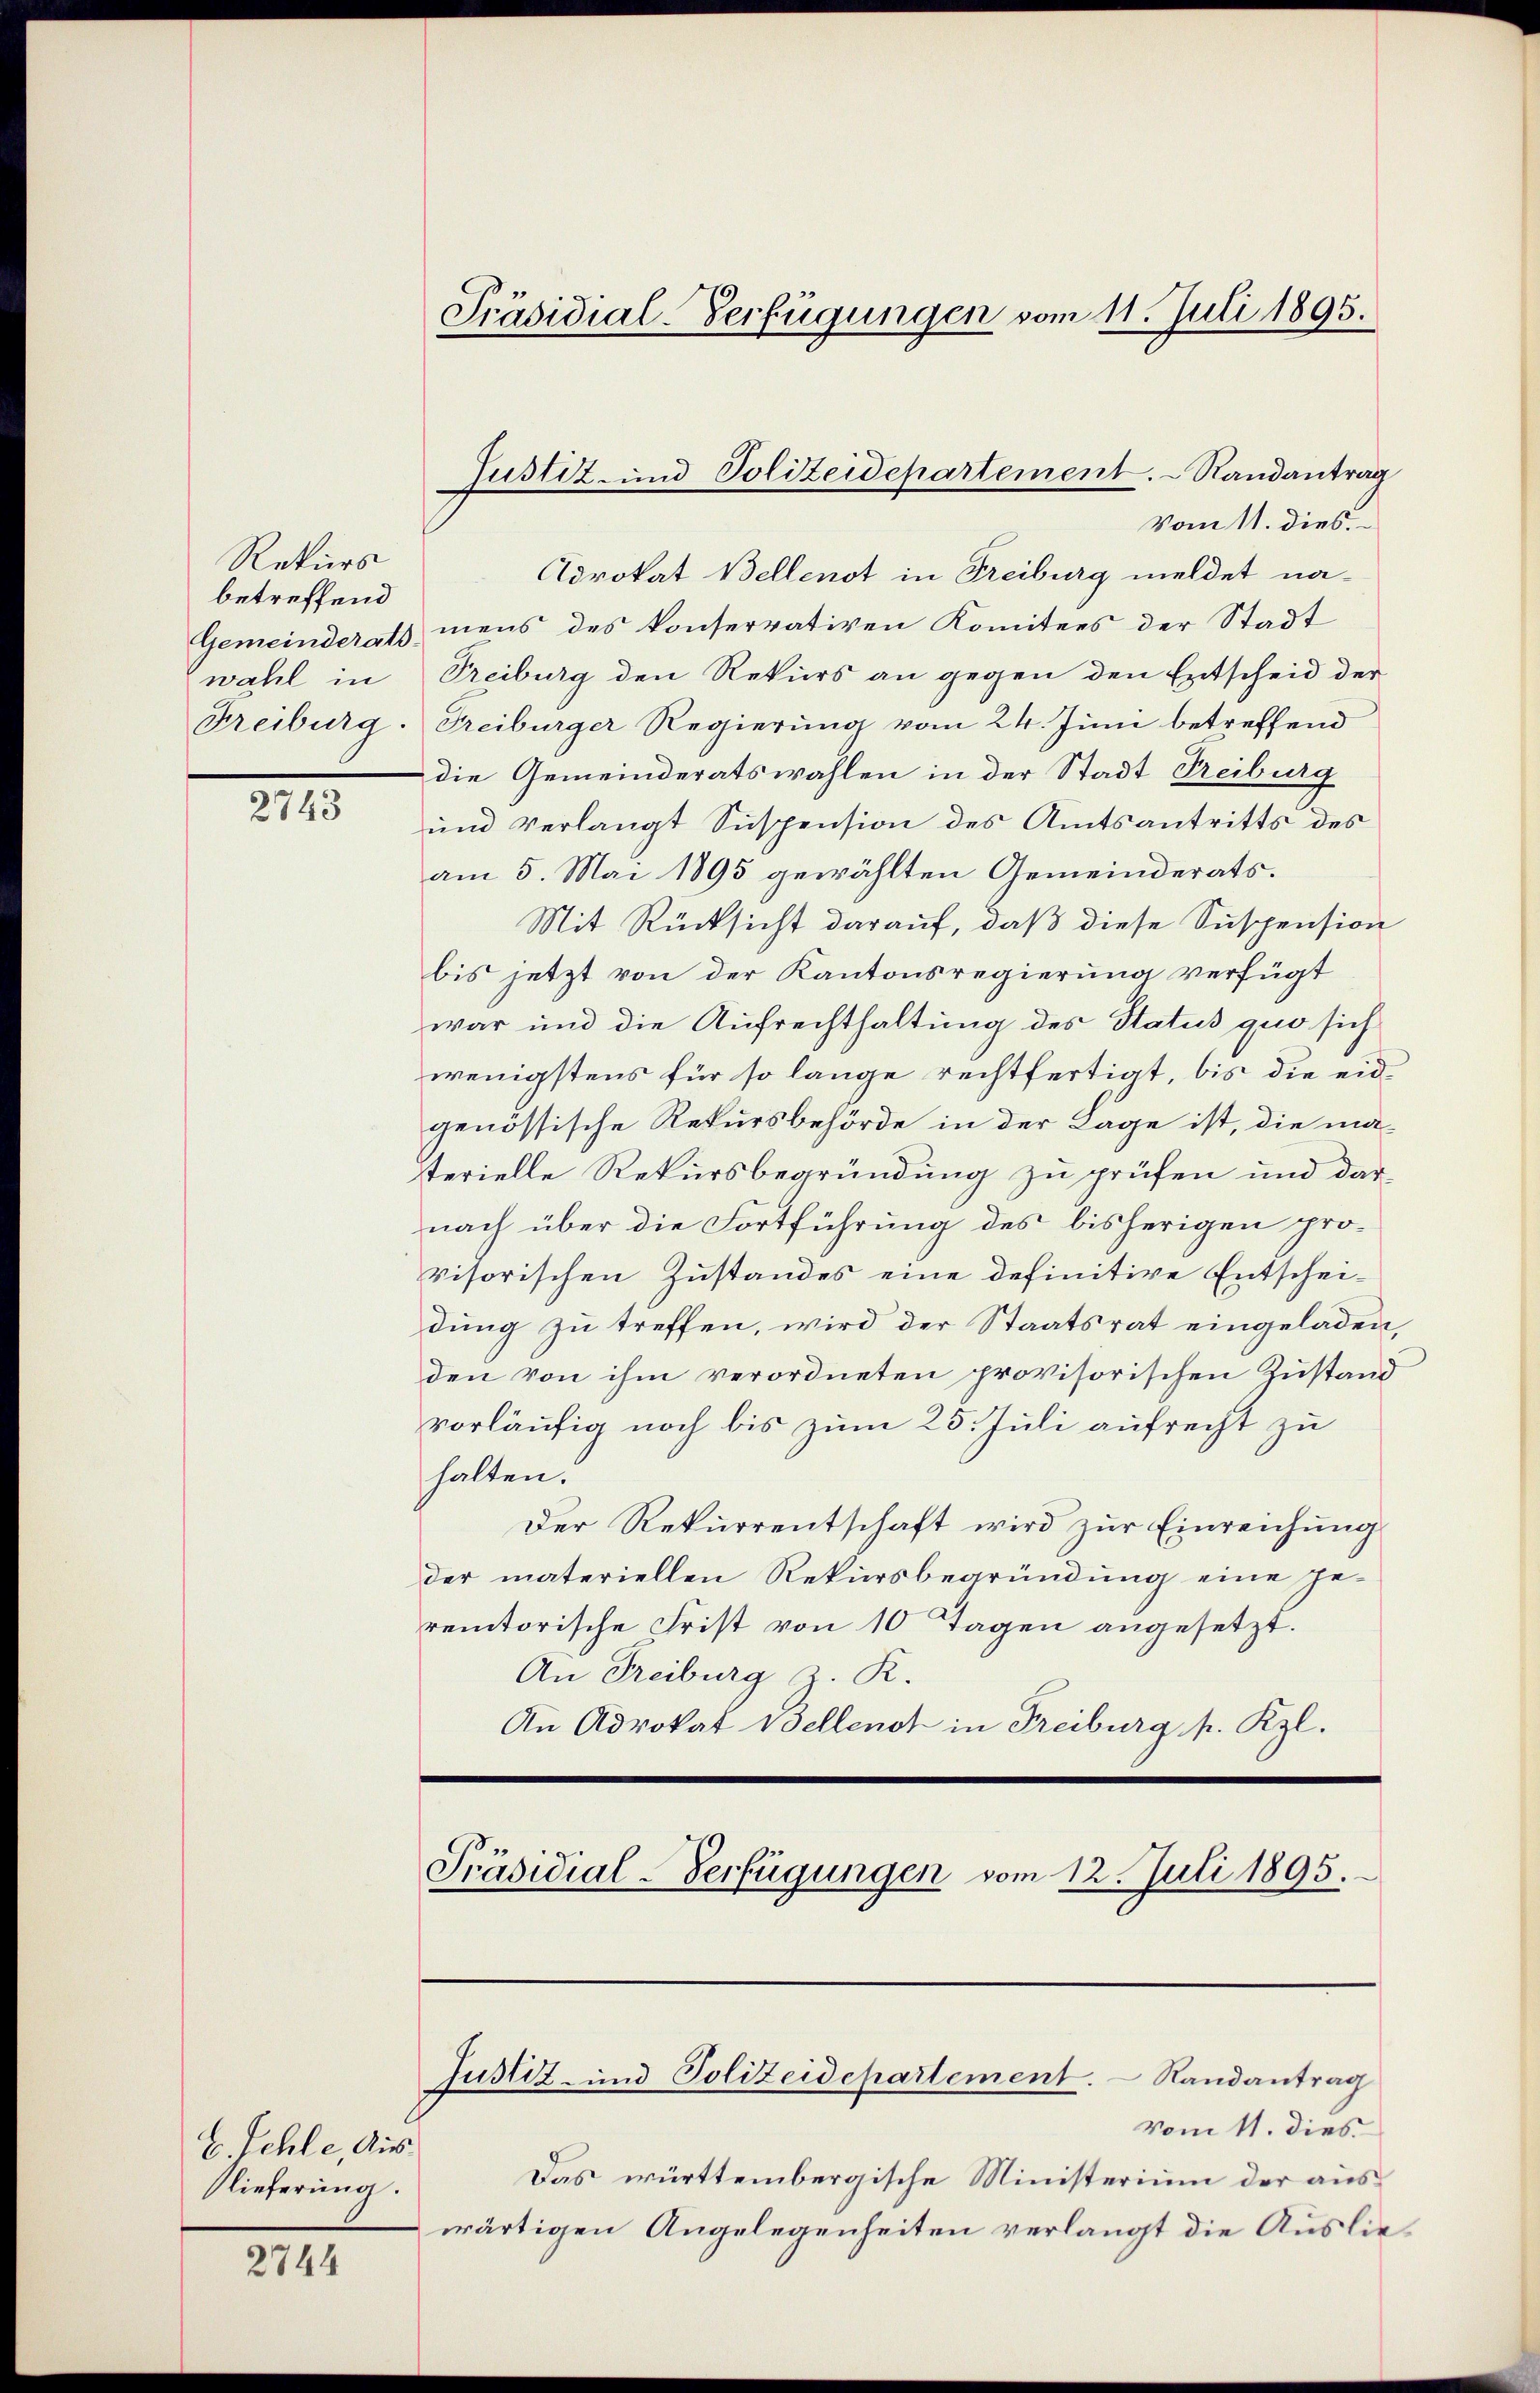
Rekurs
betreffend
wahl in
Freiburg.

2743

E. Schle, Aus¬
Nieferung.

2744

Präsidial-Verfügungen vom 11. Juli 1893.

Vom 11. dies.
Advokat Bellenst in Freiburg meldet na¬
Gemeinderats mens des konservativen Komitees der Stadt
Freiburg den Rekurs an gegen den Entscheid der
Freiburger Regierung vom 24. Juni betreffend
die Gemeinderatswahlen in der Stadt Reiburg
und verlangt Suspension des Amtsantritts des
am 5. Mai 1895 gewählten Gemeinderats.
Mit Rücksicht darauf, daß diese Suspension
bis jetzt von der Kantonsregierung verfügt
war und die Aufrechthaltung des Status quo sich
wenigstens für so lange rechtfertigt, bis die eidgenössische Rekursbehörde in der Lage ist, die materielle Rekursbegründung zu prüfen und dar-
nach über die Fortführung des bisherigen provisorischen Zustandes eine definitive Entscheidung zu treffen, wird der Staatsrat eingeladen,
den von ihm verordneten provisorischen Zustand
vorläufig noch bis zum 25. Juli aufrecht zu
halten.
Der Rekurrentschaft wird zur Einreichung
der materiellen Rekursbegründung eine ge-
remtorische Frist von 10 Tagen angesetzt.
An Freiburg z. R.
An Advokat Wellenst in Freiburg p. Rzl.

Justiz- und Polizeidepartement. Randantrag

Präsidial-Verfügungen vom 12. Juli 1895.

Justiz- und Polizeidepartement. Randantrag

vom 11. dies
Das württembergische Ministerium der aus
wärtigen Angelegenheiten verlangt die Auslie¬